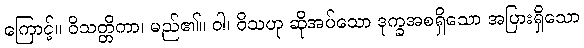
ကြောင့်။ ဝိသတ္တိကာ၊ မည်၏။ ဝါ၊ ဝိသဟု ဆိုအပ်သော ဒုက္ခအစရှိသော အပြားရှိသော